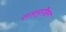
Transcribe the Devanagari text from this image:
राजपुरीहून